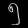
Digit: ၅